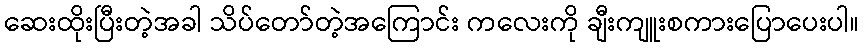
ဆေးထိုးပြီးတဲ့အခါ သိပ်တော်တဲ့အကြောင်း ကလေးကို ချီးကျူးစကားပြောပေးပါ။